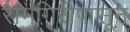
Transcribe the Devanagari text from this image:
रामगिरीपासून